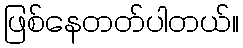
ဖြစ်နေတတ်ပါတယ်။